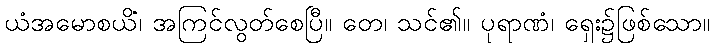
ယံအမောစယိံ၊ အကြင်လွတ်စေပြီ။ တေ၊ သင်၏။ ပုရာဏံ၊ ရှေး၌ဖြစ်သော။